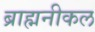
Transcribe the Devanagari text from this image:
ब्राह्मनीकल